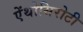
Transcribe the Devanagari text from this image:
ऐंथोसिरोटी